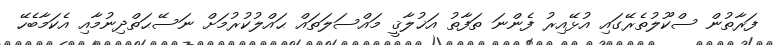
ފަރާތުން ސްކޫލުތެރޭގައި އުޅޭއިރު ފެންނަ ތަފާތު އަޚުލާޤީ މައްސަލަތައް ޙައްލުކުރުމަށް ނަސޭޙަތްދިނުމާއި އެކަމާބެހޭ